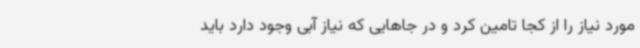
مورد نیاز را از کجا تامین کرد و در جاهایی که نیاز آبی وجود دارد باید